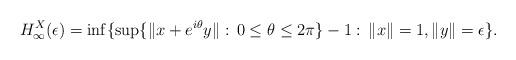
LaTeX: \begin{align*}H_\infty^X(\epsilon)=\inf\{\sup\{\|x+e^{i\theta}y\|:\,0\leq \theta \leq 2\pi\}-1:\,\|x\|=1, \|y\|=\epsilon\}.\end{align*}